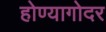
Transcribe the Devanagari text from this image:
होण्यागोदर